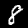
Digit: 8